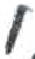
אות: י